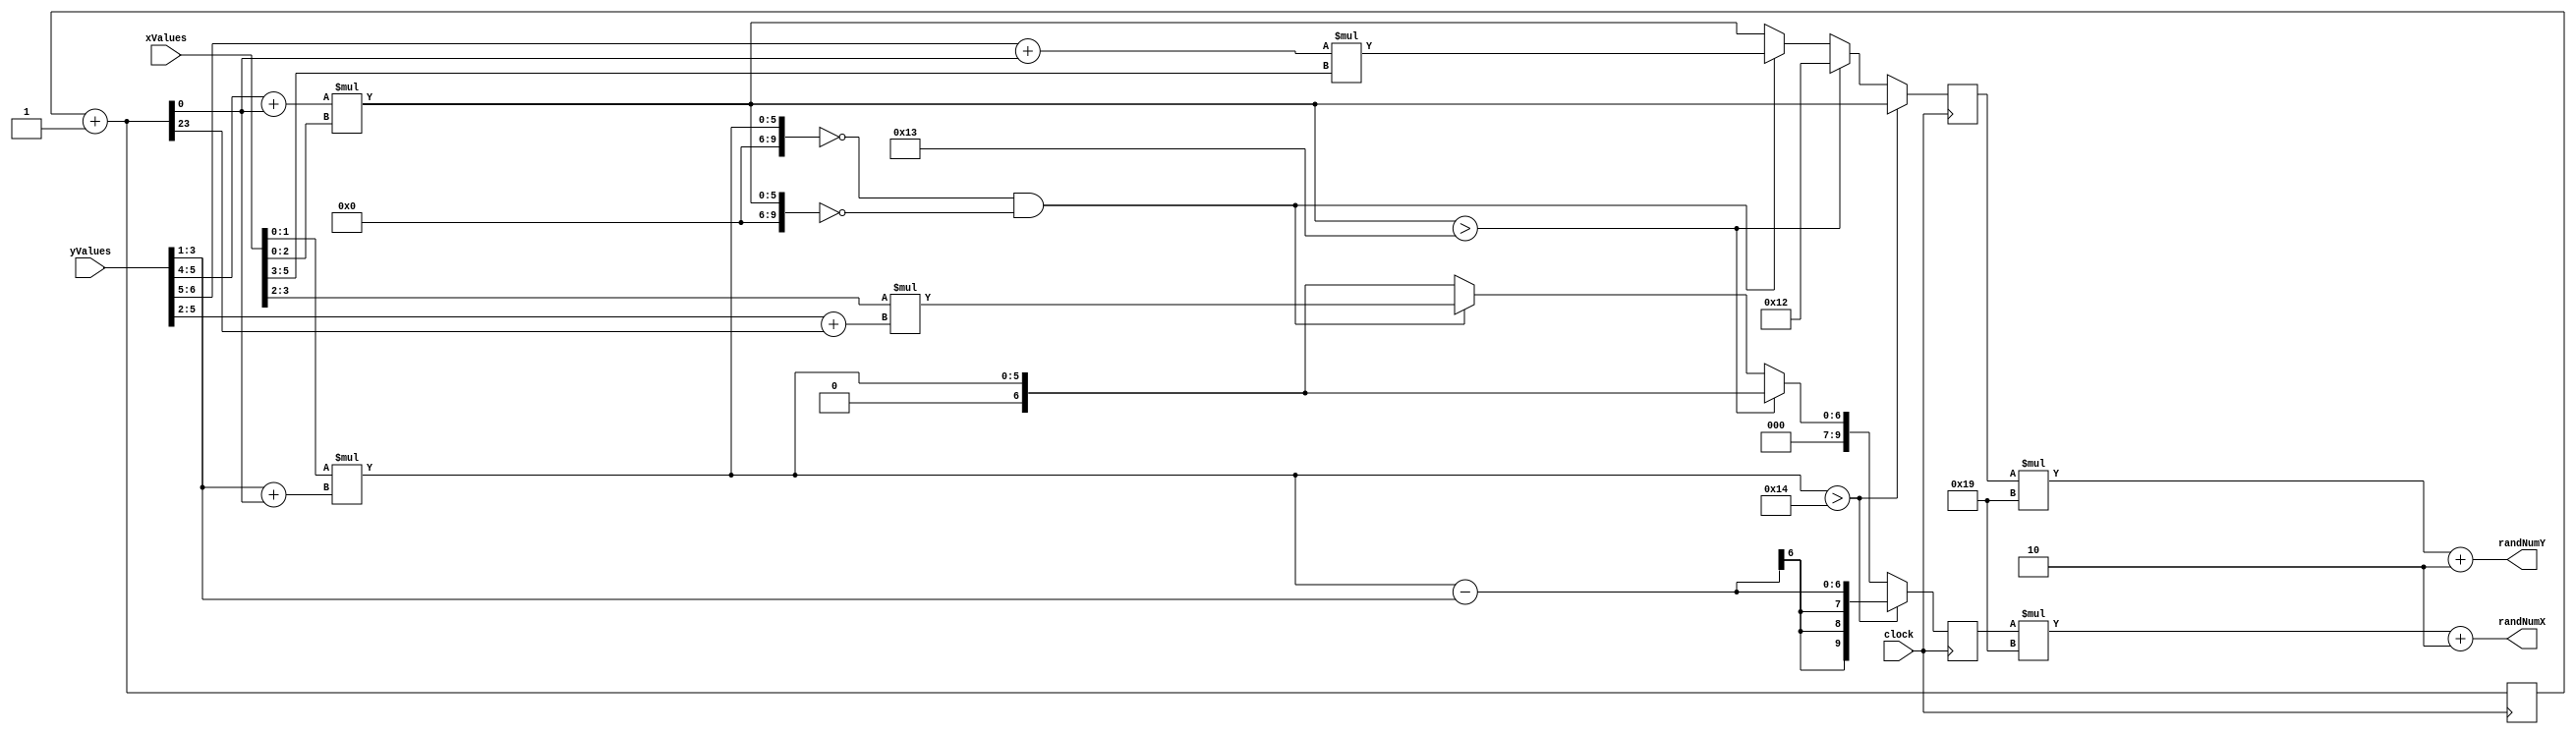
`timescale 1ns / 1ps

module Random_Generator(
	input clock,
	input [9:0] yValues,
	input [9:0] xValues,
	output [9:0] randNumX,
	output [9:0] randNumY
);
reg [28:0]pulse;
reg [3:0]sec;
reg [9:0] randomX;
reg [9:0] randomY;
initial begin
	pulse = 0;
	sec = 0;
	randomX = 27;
	randomY = 27;
end// initial

always@(posedge clock)begin
		pulse = pulse +1;
		randomX = (xValues[1:0] ) * (yValues[3:1]+ pulse[0]);
		randomY = (yValues[5:4]+ pulse[0])  * (xValues[2:0]);
		if (randomX > 20)
			randomX = randomX - yValues[3:1]; 
		else if (randomY > 19)
			randomY = 18;
		else if (randomX == 0 && randomY == 0)begin
			randomY = (yValues[6:5]+ pulse[0])  * (xValues[5:3]);
			randomX = (xValues[3:2] ) * (yValues[5:2]+ pulse[23]);
		end
		else begin
			randomY = (yValues[5:4]+ pulse[0])  * (xValues[2:0]);
			randomX = (xValues[1:0] ) * (yValues[3:1]+ pulse[0]);
		end
end//always
assign randNumX = (randomX*25)+2;
assign randNumY = (randomY*25)+2;
endmodule